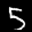
Label: 5